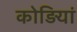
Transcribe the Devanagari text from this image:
कोड़ियां